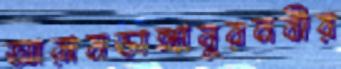
আরামডাঙ্গানুরনবীর